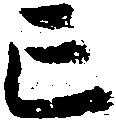
亡